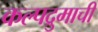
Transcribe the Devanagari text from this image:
कल्पद्रुमाची